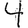
Digit: 4